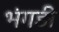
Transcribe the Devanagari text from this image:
भंगड़ी